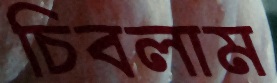
চিবলাম